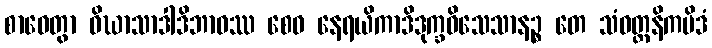
စာဝေတွာ ဝိဃာသာဒါဒိဘာဝဿ စေဝ နေရယိကာဒိဒုက္ခဝိသေသာနဉ္စ တေ သံဝတ္တနိကမိဒံ